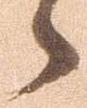
之